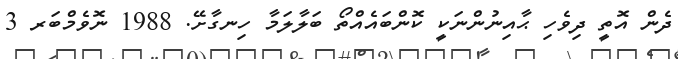
ދެން އޮތީ ދިވެހި ޙާއިނުންނަކީ ކޮންބައެއްތޯ ބަލާލަމާ ހިނގާށޭ. 1988 ނޮވެމްބަރ 3